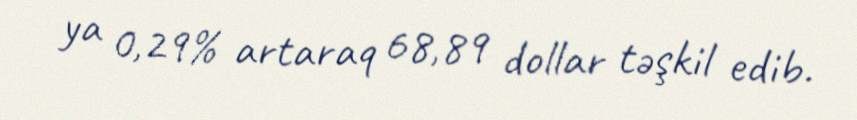
ya 0,29% artaraq 68,89 dollar təşkil edib.